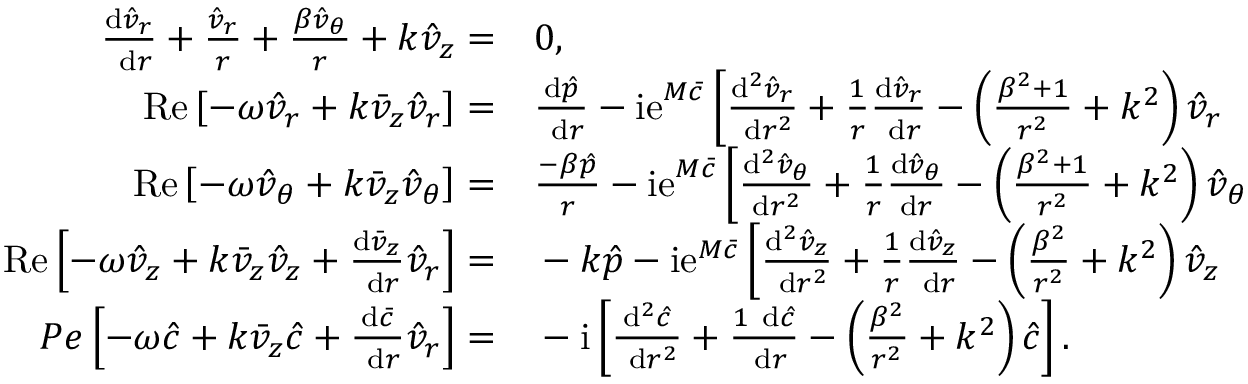
\begin{array} { r l } { \frac { \mathrm { d } \hat { v } _ { r } } { \mathrm { ~ d } r } + \frac { \hat { v } _ { r } } { r } + \frac { \beta \hat { v } _ { \theta } } { r } + k \hat { v } _ { z } = } & { { } 0 , } \\ { \operatorname { R e } \left[ - \omega \hat { v } _ { r } + k \bar { v } _ { z } \hat { v } _ { r } \right] = } & { { } \frac { \mathrm { d } \hat { p } } { \mathrm { ~ d } r } - \mathrm { i e } ^ { M \bar { c } } \left[ \frac { \mathrm { d } ^ { 2 } \hat { v } _ { r } } { \mathrm { ~ d } r ^ { 2 } } + \frac { 1 } { r } \frac { \mathrm { d } \hat { v } _ { r } } { \mathrm { ~ d } r } - \left( \frac { \beta ^ { 2 } + 1 } { r ^ { 2 } } + k ^ { 2 } \right) \hat { v } _ { r } \right. } \\ { \operatorname { R e } \left[ - \omega \hat { v } _ { \theta } + k \bar { v } _ { z } \hat { v } _ { \theta } \right] = } & { { } \frac { - \beta \hat { p } } { r } - \mathrm { i e } ^ { M \bar { c } } \left[ \frac { \mathrm { d } ^ { 2 } \hat { v } _ { \theta } } { \mathrm { d } r ^ { 2 } } + \frac { 1 } { r } \frac { \mathrm { d } \hat { v } _ { \theta } } { \mathrm { d } r } - \left( \frac { \beta ^ { 2 } + 1 } { r ^ { 2 } } + k ^ { 2 } \right) \hat { v } _ { \theta } \right. } \\ { \operatorname { R e } \left[ - \omega \hat { v } _ { z } + k \bar { v } _ { z } \hat { v } _ { z } + \frac { \mathrm { d } \bar { v } _ { z } } { \mathrm { ~ d } r } \hat { v } _ { r } \right] = } & { { } - k \hat { p } - \mathrm { i e } { } ^ { M \bar { c } } \left[ \frac { \mathrm { d } ^ { 2 } \hat { v } _ { z } } { \mathrm { ~ d } r ^ { 2 } } + \frac { 1 } { r } \frac { \mathrm { d } \hat { v } _ { z } } { \mathrm { ~ d } r } - \left( \frac { \beta ^ { 2 } } { r ^ { 2 } } + k ^ { 2 } \right) \hat { v } _ { z } \right. } \\ { P e \left[ - \omega \hat { c } + k \bar { v } _ { z } \hat { c } + \frac { \mathrm { d } \bar { c } } { \mathrm { ~ d } r } \hat { v } _ { r } \right] = } & { { } - \mathrm { i } \left[ \frac { \mathrm { d } ^ { 2 } \hat { c } } { \mathrm { ~ d } r ^ { 2 } } + \frac { 1 \mathrm { ~ d } \hat { c } } { \mathrm { ~ d } r } - \left( \frac { \beta ^ { 2 } } { r ^ { 2 } } + k ^ { 2 } \right) \hat { c } \right] . } \end{array}